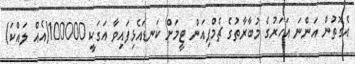
އެގޮތުން އަންނަ އަހަރުގެ މުބާރާތުގެ ޗެމްޕިއަން ޓީމަށް ކަނޑައެޅިފައިވާ އަގަކީ 100000(އެއް ލައްކަ)